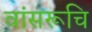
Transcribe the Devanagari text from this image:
वांसरूचि